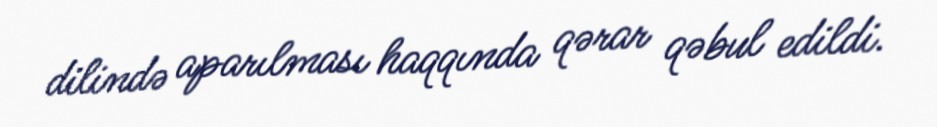
dilində aparılması haqqında qərar qəbul edildi.